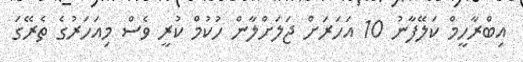
އިބްރާހީމް ކަލޭފާނު 10 އަހަރަށް ޖަލަށްލާން ހުކުމް ކުރީ ވެސް މިއަހަރުގެ ތެރޭގަ